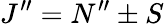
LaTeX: J^{\prime\prime}=N^{\prime\prime}\pm S